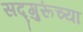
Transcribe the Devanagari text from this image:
सद्‍गुरूंच्या